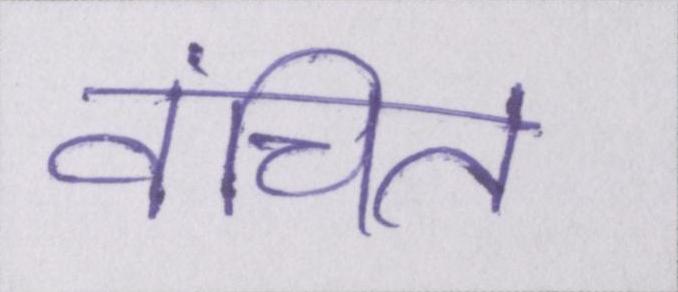
वंचित